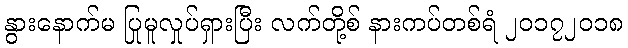
နွားနောက်မ ပြုမူလှုပ်ရှားပြီး လက်တို့စ် နားကပ်တစ်ရံ ၂၀၁၇၂၀၁၈